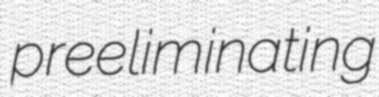
preeliminating